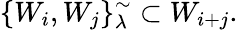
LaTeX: \{ W_{i},W_{j}\} _{\lambda}^{\sim}\subset W_{i+j}.